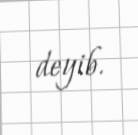
deyib.